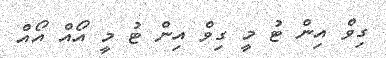
ގިވް އިން ޓު މީ ގިވް އިން ޓު މީ އޯއް އޯއް